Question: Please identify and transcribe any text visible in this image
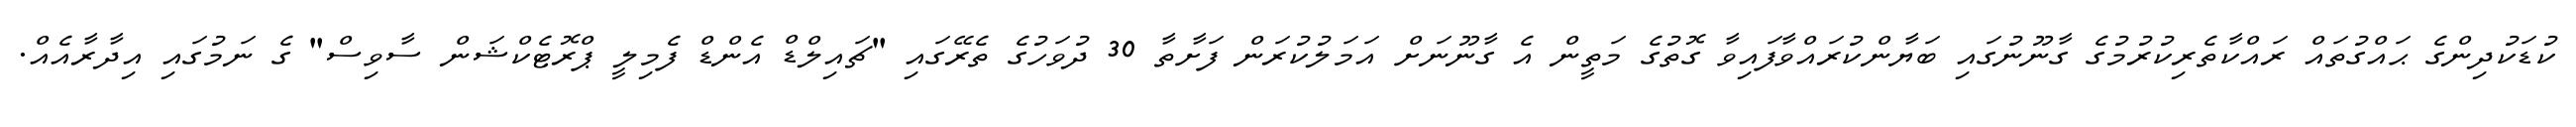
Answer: ކުޑަކުދިންގެ ޙައްގުތައް ރައްކާތެރިކުރުމުގެ ގާނޫނުގައި ބަޔާންކުރައްވާފައިވާ ގޮތުގެ މަތީން އެ ގާނޫނަށް އަމަލުކުރަން ފަށާތާ 30 ދުވަހުގެ ތެރޭގައި "ޗައިލްޑް އެންޑް ފެމިލީ ޕްރޮޓެކްޝަން ސާވިސް" ގެ ނަމުގައި އިދާރާއެއް.